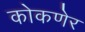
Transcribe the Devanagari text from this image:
कोकणेर